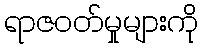
ရာဇဝတ်မှုများကို